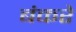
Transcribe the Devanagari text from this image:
बंकरे